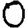
Digit: 0